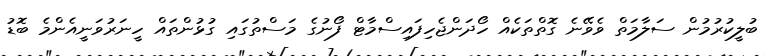
ބުލީކުރުމުން ސަލާމަތް ވެވޭނެ ގޮތްތަކެއް ހޯދަންޖެހިފައިސްމާޓް ފޯނުގެ މަސްތުގައި ގުޅުންތައް ހީނަރުވަނީއެންމެ ބޮޑު